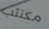
مكتئب